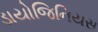
ડાયોજિનિયસ